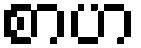
စာဟ